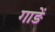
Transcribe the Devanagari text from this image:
गाड़ें